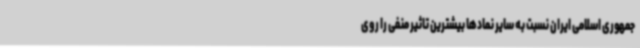
جمهوری اسلامی ایران نسبت به سایر نمادها بیشترین تاثیر منفی را روی